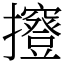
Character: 𢹑